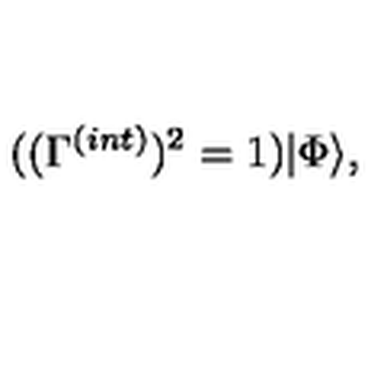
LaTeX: ( ( \Gamma ^ { ( i n t ) } ) ^ { 2 } = 1 ) | \Phi \rangle ,